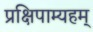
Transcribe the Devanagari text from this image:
प्रक्षिपाम्यहम्